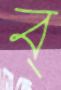
ব্